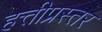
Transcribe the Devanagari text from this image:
हत्तीप्रस्तर